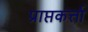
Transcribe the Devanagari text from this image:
प्राप्तकर्त्ता